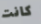
كانت